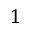
^ 1